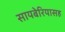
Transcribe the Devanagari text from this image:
सायबेरियासह